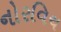
નોરવિચ